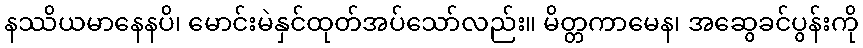
နဿိယမာနေနပိ၊ မောင်းမဲနှင်ထုတ်အပ်သော်လည်း။ မိတ္တကာမေန၊ အဆွေခင်ပွန်းကို